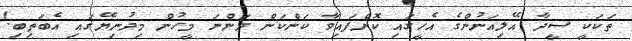
ތަަކަކީ ސީދާ އޭލިއަނުންގެ އެހީގައި ކޮށްފައިވާ ކަންކަން ދަންނަ މީހުން މިދުނިޔޭގައި އެބަތިބި!